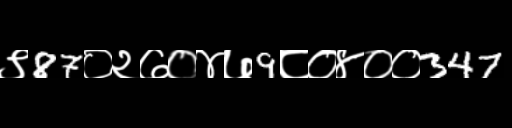
Text: ९87०२७०४७9८०४००347